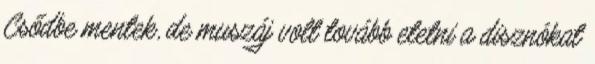
Csődbe mentek, de muszáj volt tovább etetni a disznókat